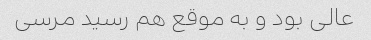
عالی بود و به موقع هم رسید مرسی